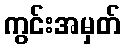
ကွင်းအမှတ်